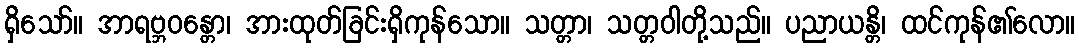
ရှိသော်။ အာရဗ္ဘဝန္တော၊ အားထုတ်ခြင်းရှိကုန်သော။ သတ္တာ၊ သတ္တဝါတို့သည်။ ပညာယန္တိ၊ ထင်ကုန်၏လော။